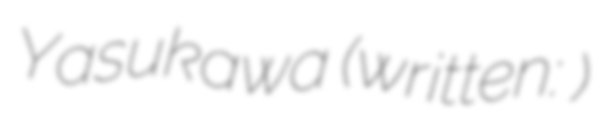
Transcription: Yasukawa (written: 安川)